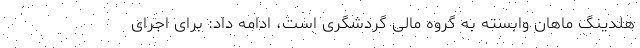
هلدینگ ماهان وابسته به گروه مالی گردشگری است، ادامه داد: برای اجرای